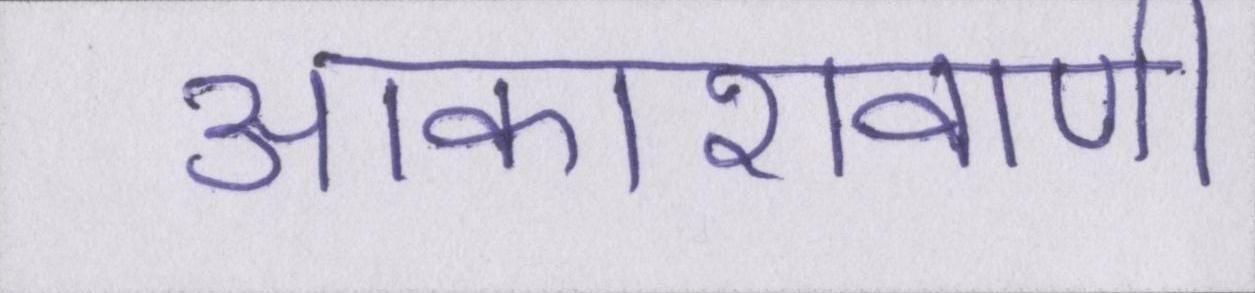
आकाशवाणी